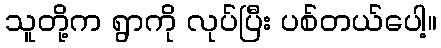
သူတို့က ရွာကို လုပ်ပြီး ပစ်တယ်ပေါ့။